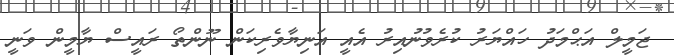
ޖަމީލް އަޙްމަދު ހައްޔަރު ކުރެވުނުއިރު އެއީ އަނިޔާވެރިކަން ނޫންތޯ ރައީސް ޔާމީން ވަނީ